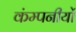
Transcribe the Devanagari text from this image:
कंम्पनीयों